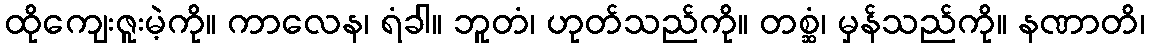
ထိုကျေးဇူးမဲ့ကို။ ကာလေန၊ ရံခါ။ ဘူတံ၊ ဟုတ်သည်ကို။ တစ္ဆံ၊ မှန်သည်ကို။ နဏာတိ၊